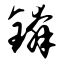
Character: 锛